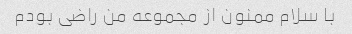
با سلام ممنون از مجموعه من راضی بودم